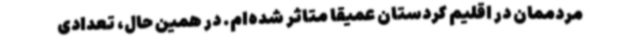
مردممان در اقلیم کردستان عمیقاً متاثر شده‌ام. در همین حال، تعدادی